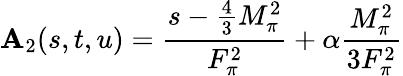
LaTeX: \mathbf{A}_{2}(s,t,u)=\displaystyle\frac{{s-\frac{{4}}{{3}}M_{\pi}^{2}}}{{F_{\pi}^{2}}}+\alpha\displaystyle\frac{{M_{\pi}^{2}}}{{3F_{\pi}^{2}}}